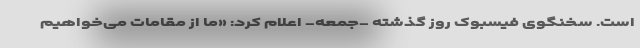
است. سخنگوی فیسبوک روز گذشته -جمعه- اعلام کرد: «ما از مقامات می‌خواهیم